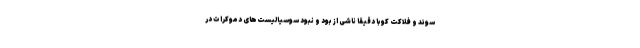
سوئد و فلاکت کوبا دقیقا ناشی از بود و نبود سوسیالیست‌های دموکرات در